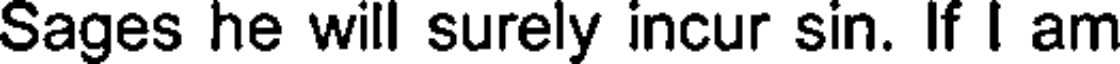
Sages he will surely incur sin. If I am